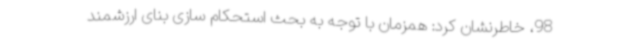
98، خاطرنشان کرد: همزمان با توجه به بحث استحکام سازی بنای ارزشمند